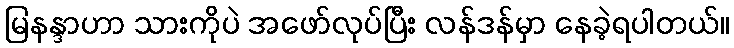
မြနန္ဒာဟာ သားကိုပဲ အဖော်လုပ်ပြီး လန်ဒန်မှာ နေခဲ့ရပါတယ်။